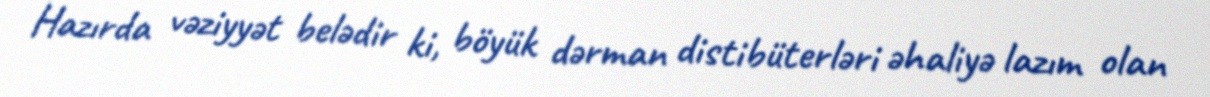
Hazırda vəziyyət belədir ki, böyük dərman distibüterləri əhaliyə lazım olan